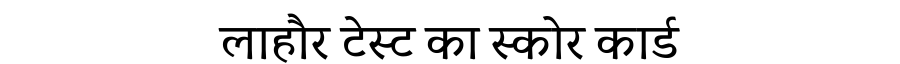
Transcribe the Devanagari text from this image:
लाहौर टेस्ट का स्कोर कार्ड